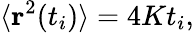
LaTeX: \langle\mathbf{r}^{2}(t_{i})\rangle=4Kt_{i},